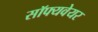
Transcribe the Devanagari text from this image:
सॉफ्यवेयर